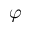
\varphi